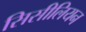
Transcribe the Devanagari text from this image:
सिसीलियन